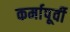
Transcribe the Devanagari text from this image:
कर्मापूर्वी